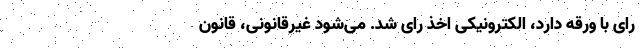
رای‌ با ورقه دارد، الکترونیکی اخذ رای شد. می‌شود غیرقانونی، قانون